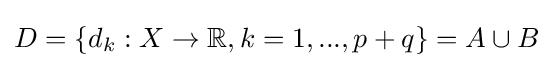
D=\{d_{k}:X\rightarrow \mathbb {R} ,k=1,...,p+q\}=A\cup B